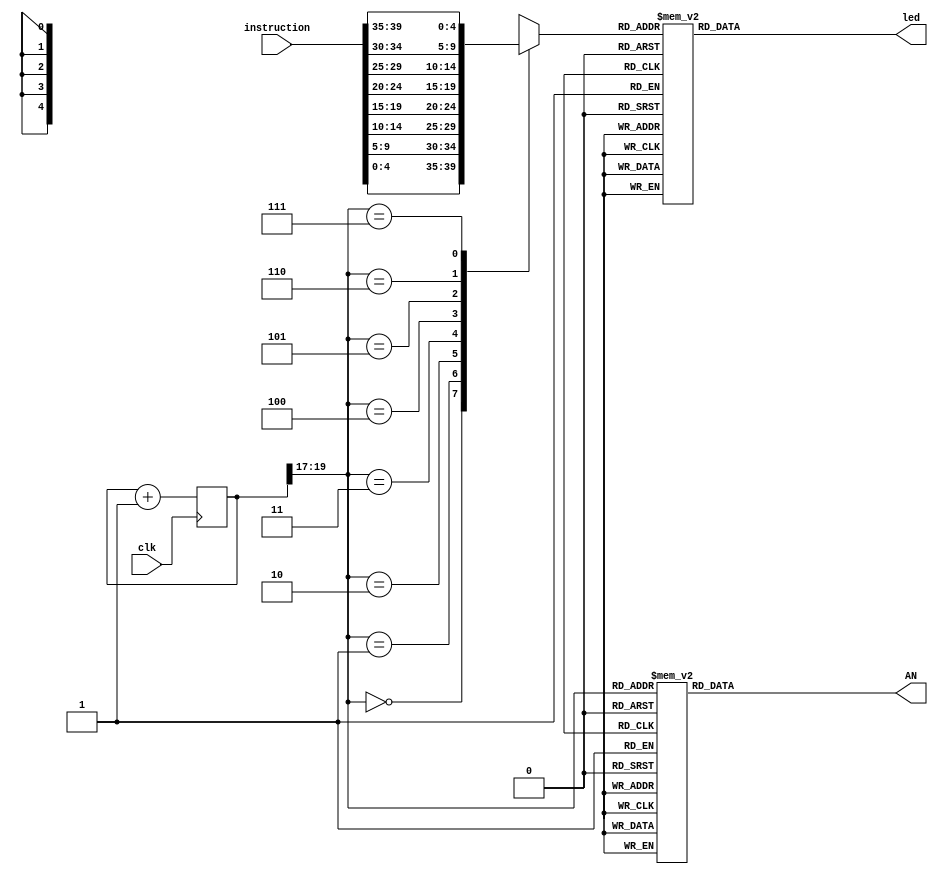
`timescale 1ns / 1ps
//////////////////////////////////////////////////////////////////////////////////
// Company: 
// Engineer: 
// 
// Design Name: 
// Module Name: instruction_seven_seg_display
// Project Name: 
// Target Devices: 
// Tool Versions: 
// Description: 
// 
// Dependencies: 
// 
// Revision:
// Revision 0.01 - File Created
// Additional Comments:
// 
//////////////////////////////////////////////////////////////////////////////////


module instruction_seven_seg_display(
    input clk,
    input [39:0] instruction,
    output reg [7:0] AN,
    output reg [6:0] led
    );
    
    reg [19:0]refresh_counter = 0;
    reg [4:0] selected_anode;
    wire [2:0] LED_counter;
    
    always @(posedge clk)
    refresh_counter <= refresh_counter +1;
    assign LED_counter = refresh_counter[19:17];
    always @(LED_counter)
    begin
        case(LED_counter)
            3'b000:
                AN = 8'b11111110;
            3'b001:
                AN = 8'b11111101;
            3'b010:
                AN = 8'b11111011;
            3'b011:
                AN = 8'b11110111;
            3'b100:
                AN = 8'b11101111;
            3'b101:
                AN = 8'b11011111;
            3'b110:
                AN = 8'b10111111;
            3'b111:
                AN = 8'b01111111;     
        endcase
    end
    
    always@(*)
    begin
    case(LED_counter)
        3'b000: 
            selected_anode = instruction[4:0];
        3'b001:
            selected_anode = instruction[9:5];
        3'b010:
            selected_anode = instruction[14:10];
        3'b011:
            selected_anode = instruction[19:15];
        3'b100:
            selected_anode = instruction[24:20];
        3'b101:
            selected_anode = instruction[29:25];
        3'b110:
            selected_anode = instruction[34:30];
        3'b111:
            selected_anode = instruction[39:35];                        
    endcase
    end
    
    always@(*)
    begin
        case(selected_anode)
        5'b00000: led = 7'b1111111;
        5'b00001: led = 7'b0001000;
        5'b00010: led = 7'b1100000;
        5'b00011: led = 7'b1110010;
        5'b00100: led = 7'b1000010;
        5'b00101: led = 7'b0110000;
        5'b00110: led = 7'b0111000;
        5'b00111: led = 7'b0000100;
        5'b01000: led = 7'b1001000;
        5'b01001: led = 7'b1001111;
        5'b01010: led = 7'b1000011;
        5'b01011: led = 7'b1110000;
        5'b01100: led = 7'b1110001;
        5'b01101: led = 7'b0101011;   
        5'b01110: led = 7'b1101010;
        5'b01111: led = 7'b1100010;
        5'b10000: led = 7'b0011000;
        5'b10001: led = 7'b0001100;
        5'b10010: led = 7'b1111010;
        5'b10011: led = 7'b0100100;
        5'b10100: led = 7'b1001110;
        5'b10101: led = 7'b1000001;
        5'b10110: led = 7'b1100011;
        5'b10111: led = 7'b1010101;
        5'b11000: led = 7'b0110110;
        5'b11001: led = 7'b1000100;
        5'b11010: led = 7'b0010010;
        default: led = 7'b1111111;
    endcase

    end
endmodule